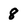
Character: 8